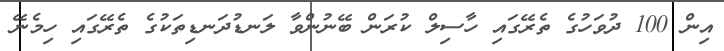
އިން 100 ދުވަހުގެ ތެރޭގައި ހާސިލް ކުރަން ބޭނުންވާ ލަނޑުދަނޑިތަކުގެ ތެރޭގައި ހިމެނޭ